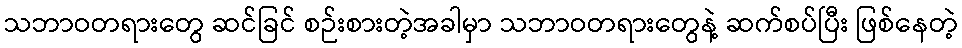
သဘာဝတရားတွေ ဆင်ခြင် စဉ်းစားတဲ့အခါမှာ သဘာဝတရားတွေနဲ့ ဆက်စပ်ပြီး ဖြစ်နေတဲ့